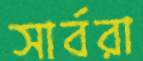
সার্বরা